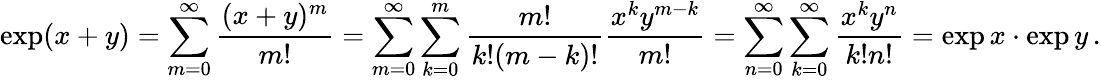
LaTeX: \exp(x+y)=\sum_{m=0}^{\infty}{\frac{(x+y)^{m}}{m!}}=\sum_{m=0}^{\infty}\sum_{k=0}^{m}{\frac{m!}{k!(m-k)!}}{\frac{x^{k}y^{m-k}}{m!}}=\sum_{n=0}^{\infty}\sum_{k=0}^{\infty}{\frac{x^{k}y^{n}}{k!n!}}=\exp x\cdot\exp y\, .